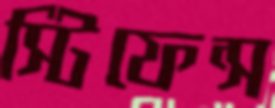
স্টিফেন্স